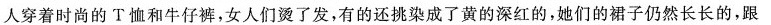
人穿着时尚的T恤和牛仔裤，女人们烫了发，有的还挑染成了黄的深红的，她们的裙子仍然长长的，跟